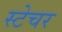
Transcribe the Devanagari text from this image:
स्टेचर